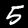
Digit: 5